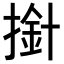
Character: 𢲥